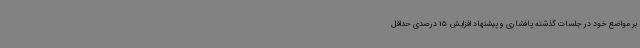
بر مواضع خود در جلسات گذشته پافشاری و پیشنهاد افزایش 15 درصدی حداقل